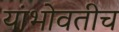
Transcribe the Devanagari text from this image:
यांभोवतीच